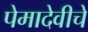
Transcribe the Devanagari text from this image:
पेमादेवीचे